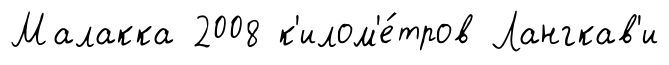
Малакка 2008 к'илом'е́тров Лангкав'и